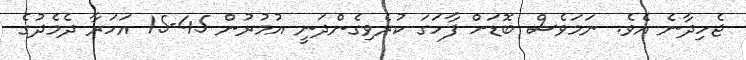
ޖެހިދާނެ އެވެ. ނަމަވެސް ބޮޑަށް ފާހަގަ ކުރެވިގެންދަނީ އުމުރުން 45-15 އަހަރާ ދެމެދުގެ